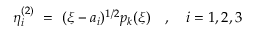
\eta _ { i } ^ { ( 2 ) } \ = \ ( \xi - a _ { i } ) ^ { 1 / 2 } p _ { k } ( \xi ) \quad , \quad i = 1 , 2 , 3